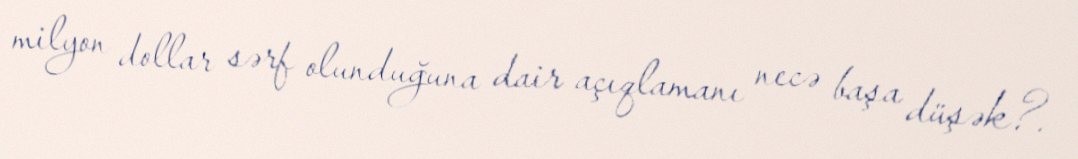
milyon dollar sərf olunduğuna dair açıqlamanı necə başa düşək?.